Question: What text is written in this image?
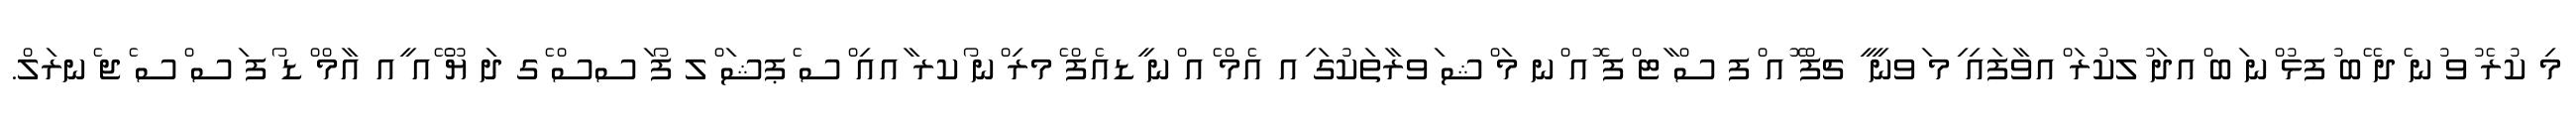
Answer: މި ކުރެ ުވ ުނ ެދ ޭބ ުފޅު ްނ ަބ ްއދަ ުލކުރަ ްއވާފައި ިމ ަވނީ ީ ޗފް ޮއ ްފ ސް ާޓ ްފ ޮއ ްނ މަ ްޝ ަވރާތަކުގަ ިއ އެމް ެއ ްނ ީޑއެފް ެމރި ްނ ޯކރ ާއއި ްސ ެޕޝަ ްލ ފޯ ަސސް ެގ ދަ ޔޫ ޭއ ީއ އާމް ްޑ ޯފ ަސ ްސ ެޖ ެނރަލް.